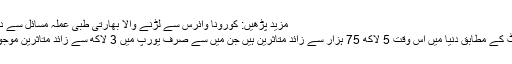
مزید پڑھیں: کورونا وائرس سے لڑنے والا بھارتی طبی عملہ مسائل سے دو چار
رپورٹ کے مطابق دنیا میں اس وقت 5 لاکھ 75 ہزار سے زائد متاثرین ہیں جن میں سے صرف یورپ میں 3 لاکھ سے زائد متاثرین موجود ہیں۔